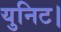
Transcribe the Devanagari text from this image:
युनिट।